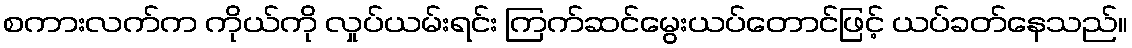
စကားလက်က ကိုယ်ကို လှုပ်ယမ်းရင်း ကြက်ဆင်မွေးယပ်တောင်ဖြင့် ယပ်ခတ်နေသည်။